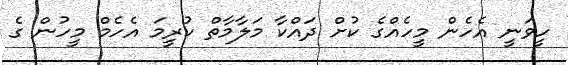
ހީވަނީ އެހެން މީހެއްގެ ކުށް ދައްކާ މަލާމާތް ކުރީމަ އެހެމް މީހުން ގެ